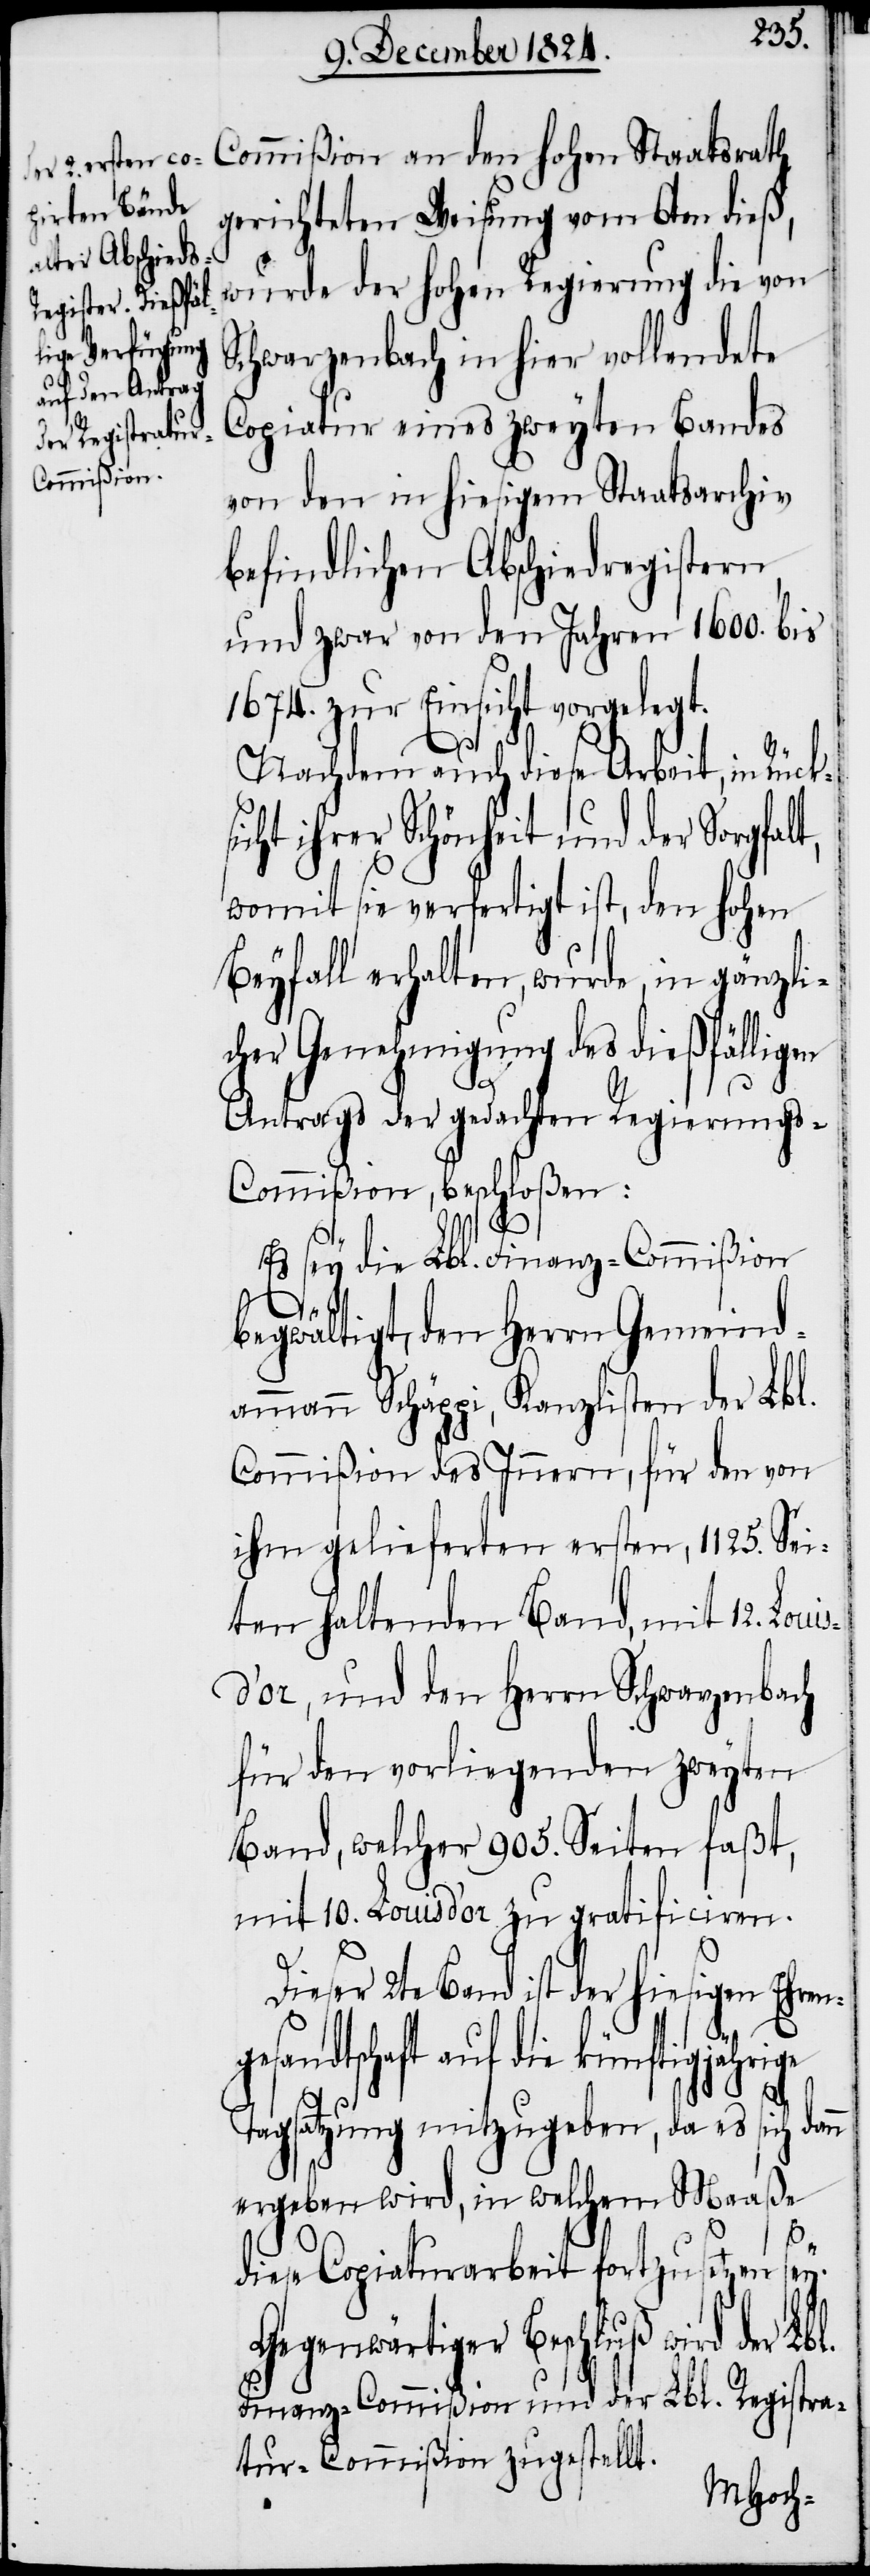
gerichteten Weisung vom 6ten dieß,
wurde der hohen Regierung die von
Schwarzenbach in hier vollendete
Copiatur eines zweyten Bandes
Commißion
von den in hiesigem Staatsarchiv
befindlichen Abschiedregistern
und zwar von den Jahren 1600. bis
1674. zur Einsicht vorgelegt.
n
Nachdem auch diese Arbeit, in Rücksi¬
cht ihrer Schönheit und der
womit sie verfertigt ist, den hohen
Beyfall erhalten, wurde, in gänzli¬
cher Genehmigung des diesfälligen
Antrags der gedachten Regierung¬
s-Commißion beschloßen:
Es sey die Lbl. Finanz-Commißion
begwältigt, den Herrn Gemeind¬
ammann Schäppi, Kanzlisten der Lbl.
Commißion des Innern, für den von
ihm gelieferten ersten, 1125. Sei¬
ten haltenden Band, mit 12. Loui¬
sd’or, und den Herrn Schwarzenbach
für den vorliegenden zweyten
Band, welcher 905. Seiten faßt,
mit 10. Louisd’or zu gratificiren.
Dieser 2te Band ist der hiesigen Ehrenge¬
sandtschaft auf die künftigjährige
Tagsatzung mitzugeben, da es sich dan¬
ergeben wird, in welchem Maaße
diese Copiaturarbeit fortzusetzen
sey.
Gegenwärtiger Beschluß wird der
Finanz-Commißion und der Lbl. Registra¬
tur-Commißion zugestellt.